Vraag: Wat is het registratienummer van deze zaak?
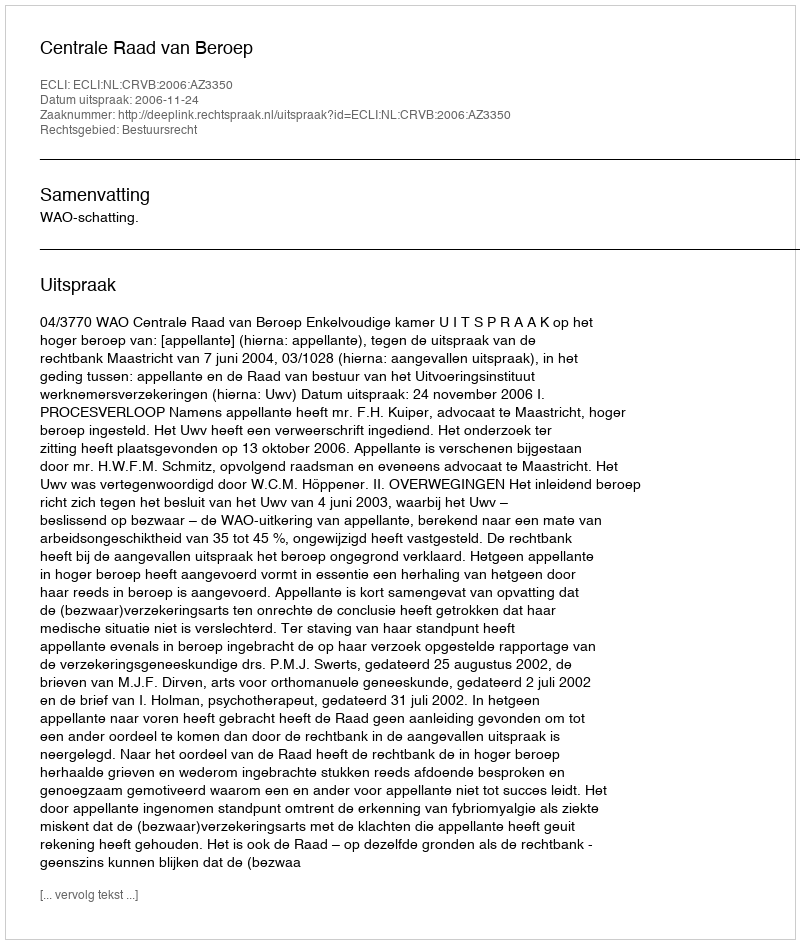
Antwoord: http://deeplink.rechtspraak.nl/uitspraak?id=ECLI:NL:CRVB:2006:AZ3350